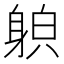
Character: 𨉍